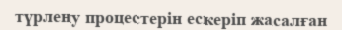
түрлену процестерін ескеріп жасалған